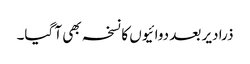
ذرا دیر بعد دوائیوں کا نسخہ بھی آ گیا۔